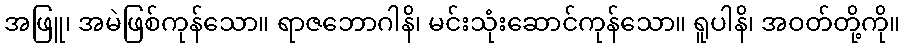
အဖြူ၊ အမဲဖြစ်ကုန်သော။ ရာဇဘောဂါနိ၊ မင်းသုံးဆောင်ကုန်သော။ ရူပါနိ၊ အဝတ်တို့ကို။